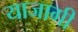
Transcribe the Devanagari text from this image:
याजागी